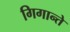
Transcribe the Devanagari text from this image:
गिगान्ते